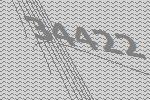
34422